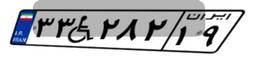
۳۳W۲۸۲۱۹